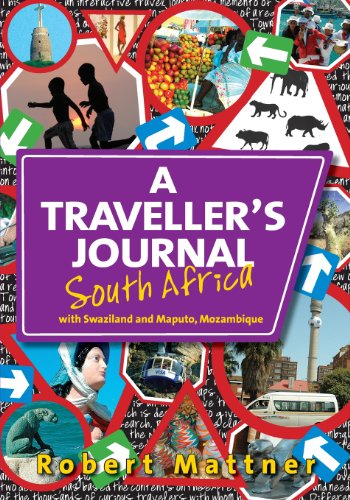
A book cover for A Traveller's Journal South Africa: with Swaziland and Maputo, Mozambique; Mr Robert C Mattner; Travel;